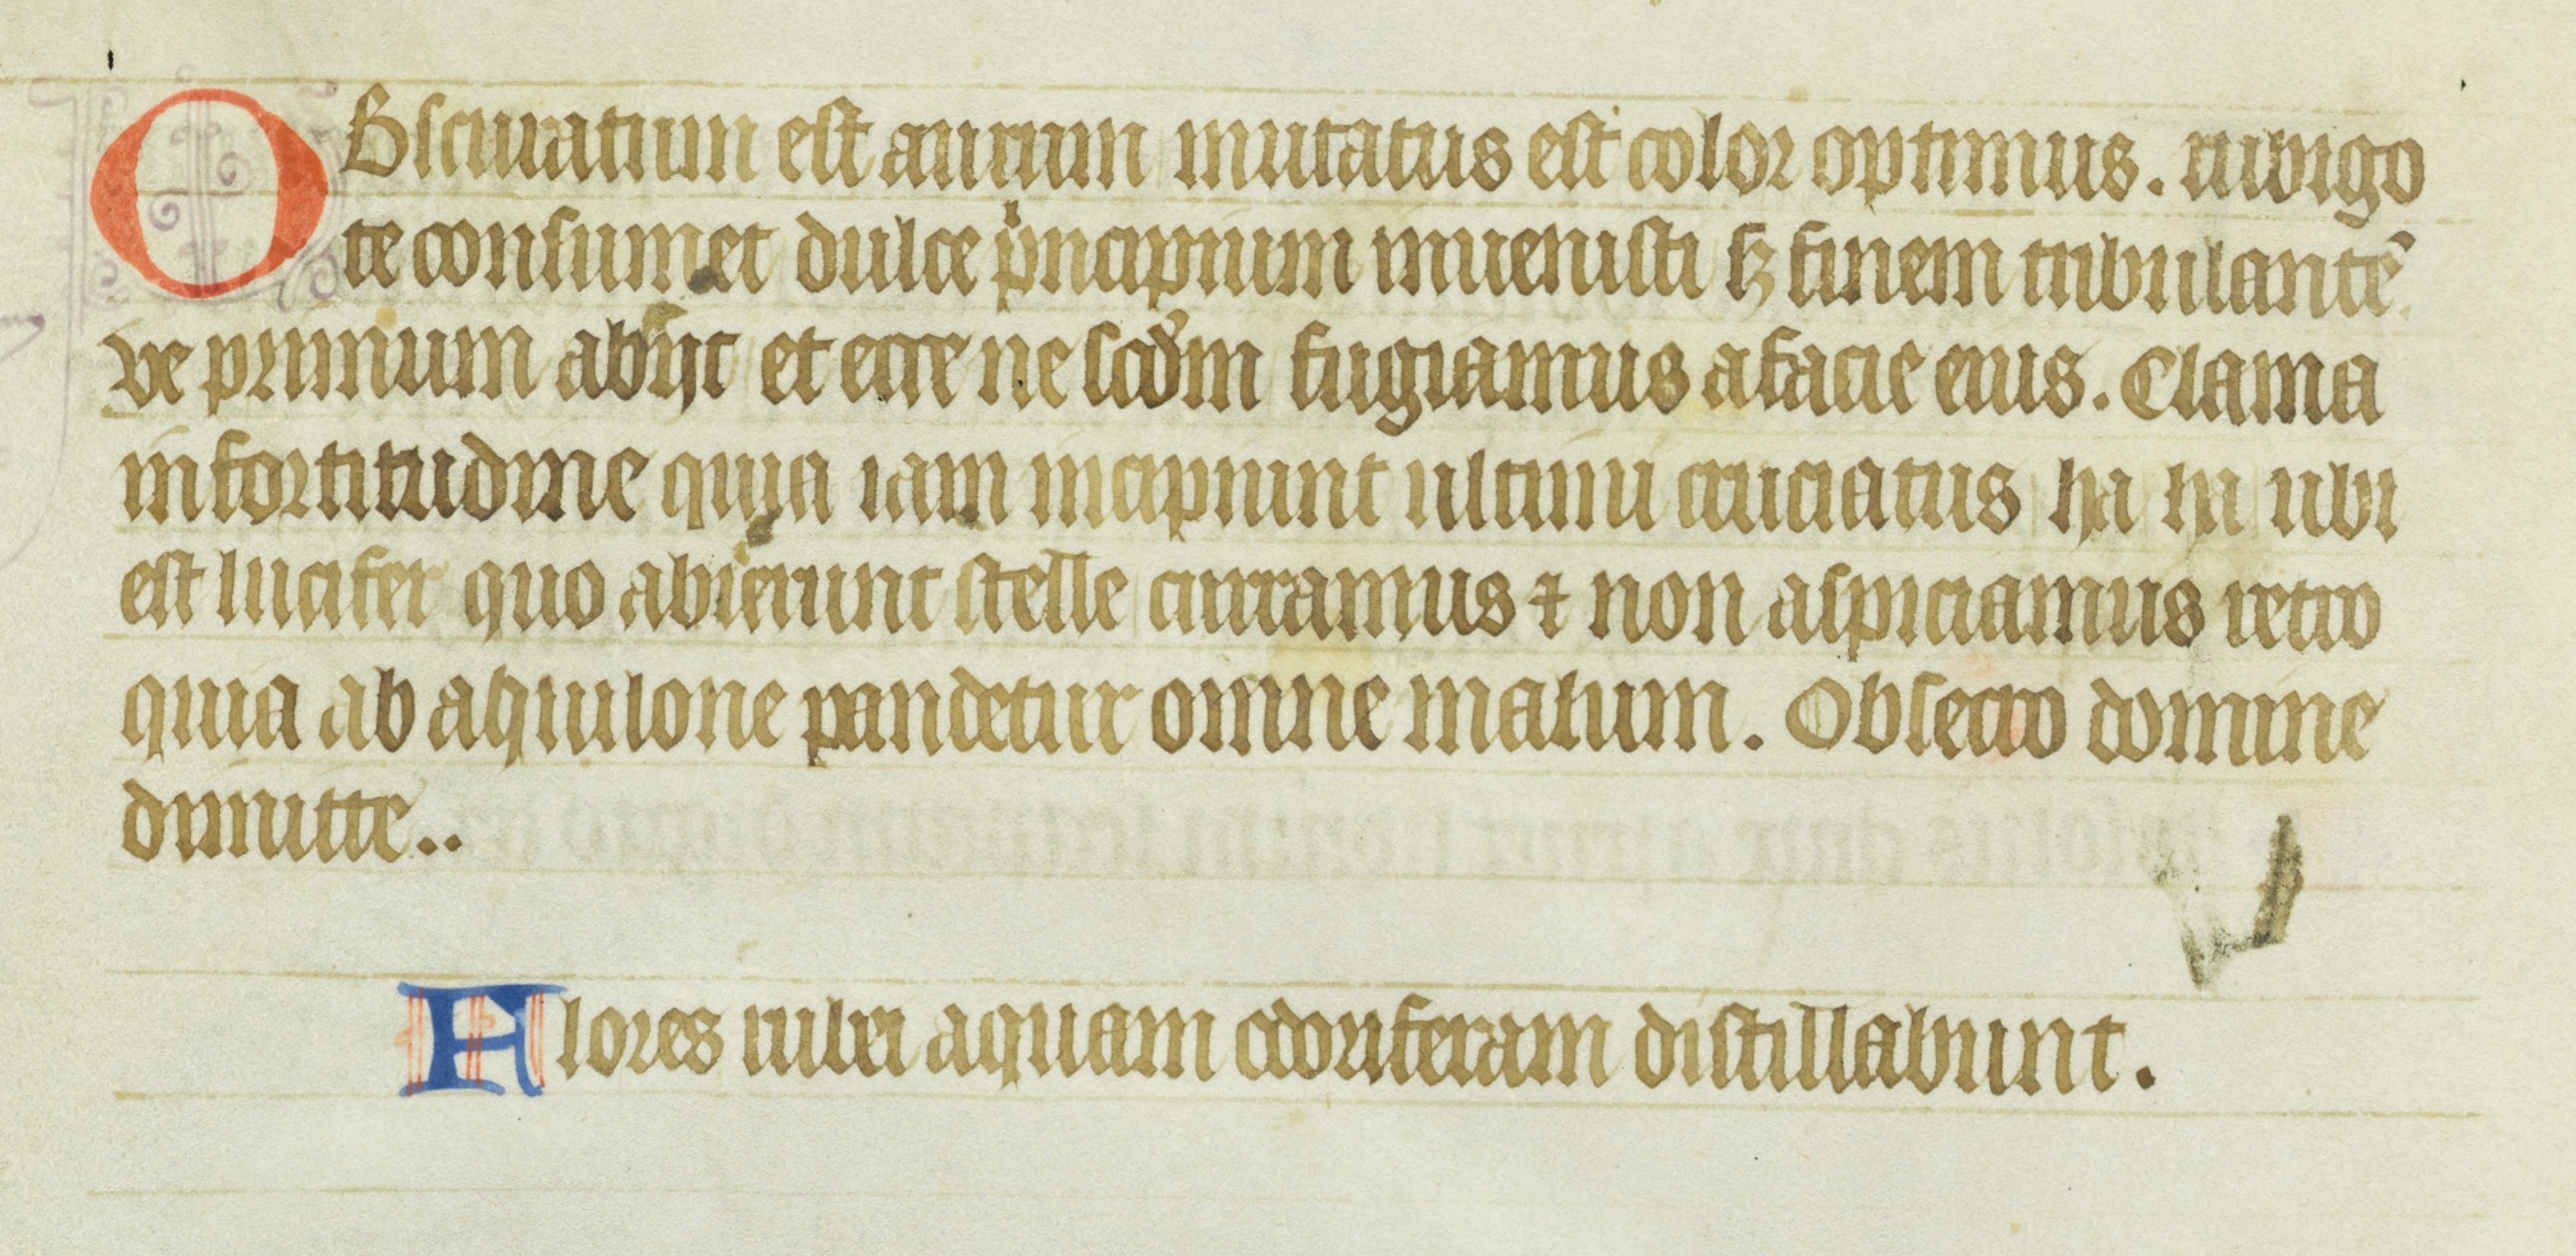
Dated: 1355–1375